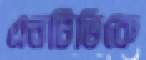
এনটিভিকে